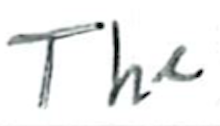
Text: The
Cross-out: clean
Writing tool: ballpoint